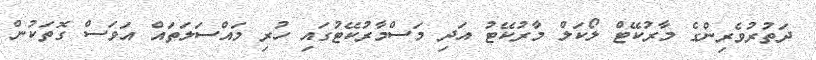
ދަތުރުވެރިންގެ މާރުކޭޓް ލޯކަލް މާރުކޭޓު އަދި މަސްމާރުކޭޓުގައި ހުރި މައްސަލަތައް އަވަސް ގޮތަކުން